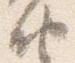
納